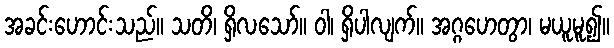
အခင်းဟောင်းသည်။ သတိ၊ ရှိလသော်။ ဝါ၊ ရှိပါလျက်။ အဂ္ဂဟေတွာ၊ မယူမူ၍။